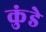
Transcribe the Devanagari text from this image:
कुंडेे